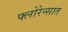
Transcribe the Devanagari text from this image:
फ्लोरेन्सात